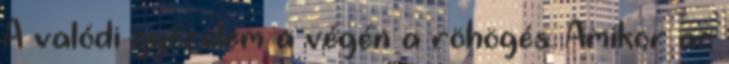
A valódi győzelem a végén a röhögés. Amikor az